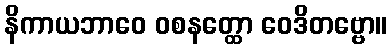
နိကာယဘာဝေ ဝစနတ္ထော ဝေဒိတဗ္ဗော။